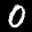
Label: 0